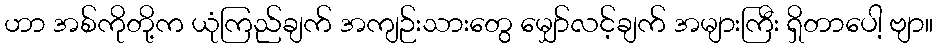
ဟာ အစ်ကိုတို့က ယုံကြည်ချက် အကျဉ်းသားတွေ မျှော်လင့်ချက် အများကြီး ရှိတာပေါ့ ဗျာ။